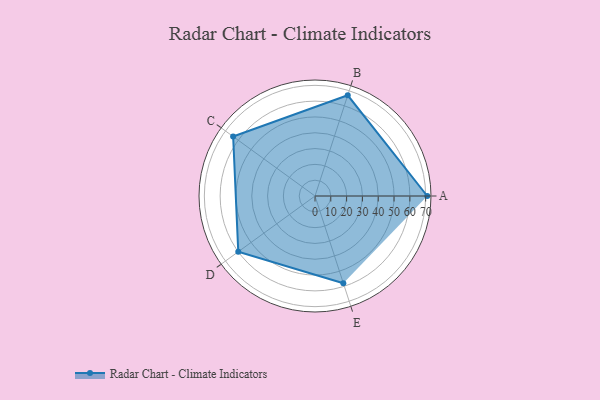
{"axis": {"x": "Skill", "y": "Score"}, "legend": ["Profile"], "data": [{"x": "A", "y": 71.0, "type": "Profile"}, {"x": "B", "y": 67.0, "type": "Profile"}, {"x": "C", "y": 64.0, "type": "Profile"}, {"x": "D", "y": 60.0, "type": "Profile"}, {"x": "E", "y": 58.0, "type": "Profile"}]}